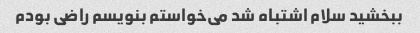
ببخشید سلام اشتباه شد می‌خواستم بنویسم راضی بودم